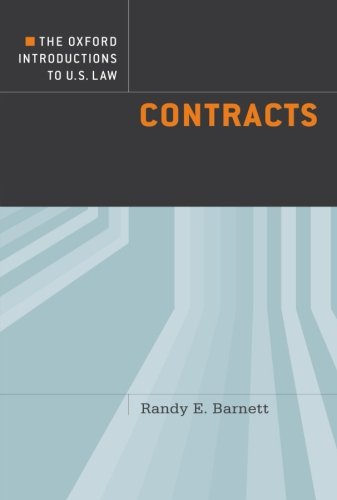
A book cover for The Oxford Introductions to U.S. Law: Contracts; Randy E. Barnett; Law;